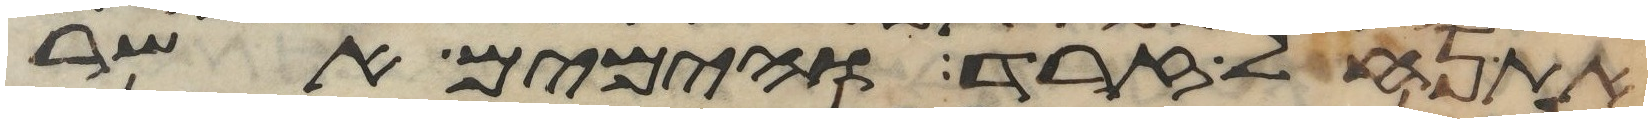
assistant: את נחל זרד והימים אשר